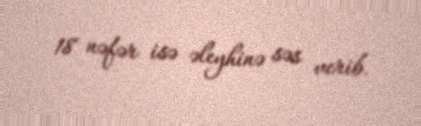
18 nəfər isə əleyhinə səs verib.